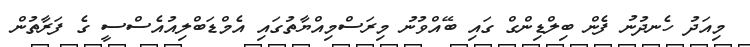
މިއަދު ހެނދުނު ފެން ބިލްޑިންގް ގައި ބޭއްވުނު މިރަސްމިއްޔާތުގައި އެމްޑަބްލިއުއެސްސީ ގެ ފަރާތުން